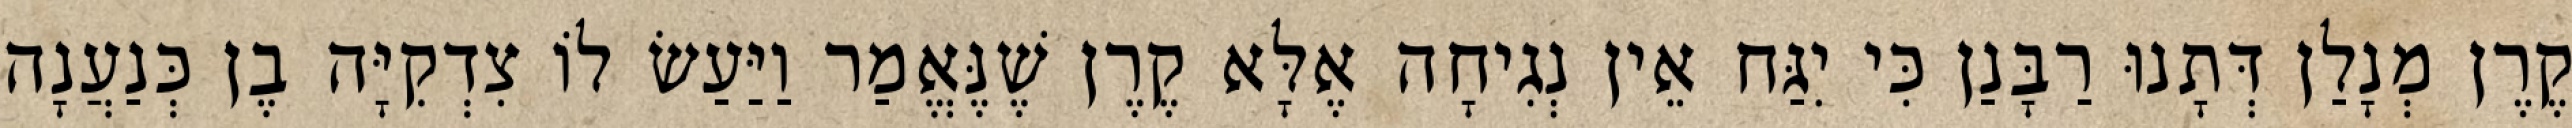
קֶרֶן מְנָלַן דְּתָנוּ רַבָּנַן כִּי יִגַּח אֵין נְגִיחָה אֶלָּא קֶרֶן שֶׁנֶּאֱמַר וַיַּעַשׂ לוֹ צִדְקִיָּה בֶן כְּנַעֲנָה